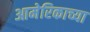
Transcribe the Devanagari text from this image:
आमेरिकाच्या